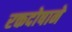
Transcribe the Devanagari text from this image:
रक्तदोषाने